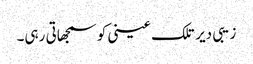
زیبی دیر تلک عینی کو سمجھاتی رہی۔